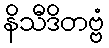
နိသီဒိတဗ္ဗံ